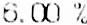
6.00 %